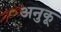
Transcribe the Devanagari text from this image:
अनुकू